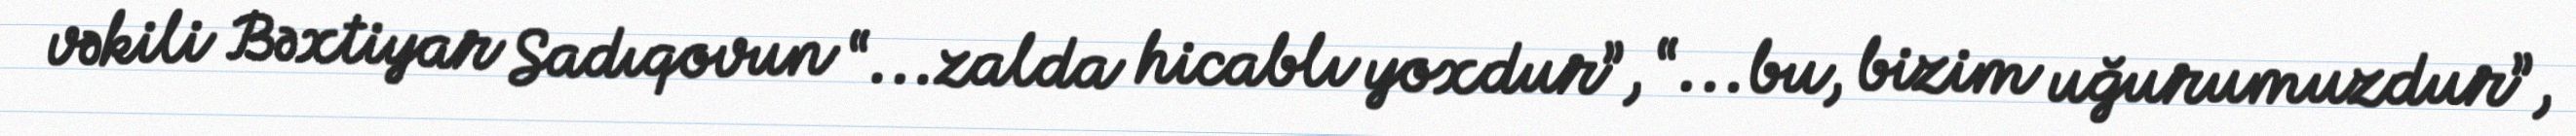
vəkili Bəxtiyar Sadıqovun “...zalda hicablı yoxdur”, “...bu, bizim uğurumuzdur”,